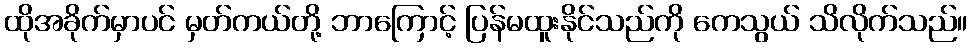
ထိုအခိုက်မှာပင် မှတ်ကယ်တို့ ဘာကြောင့် ပြန်မထူးနိုင်သည်ကို ကေသွယ် သိလိုက်သည်။